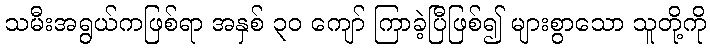
သမီးအရွယ်ကဖြစ်ရာ အနှစ် ၃၀ ကျော် ကြာခဲ့ပြီဖြစ်၍ များစွာသော သူတို့ကို